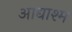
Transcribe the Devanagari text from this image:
आद्याश्म